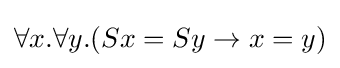
\forall x.\forall y.(Sx=Sy\to x=y)